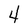
Character: 4